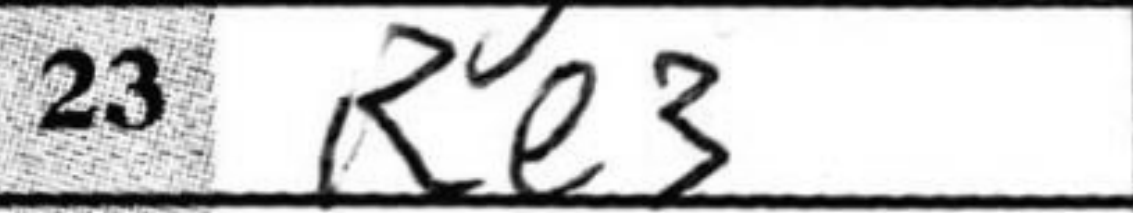
Transcription: Re3